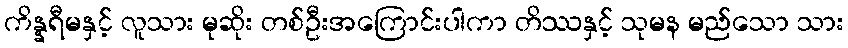
ကိန္နရီမနှင့် လူသား မုဆိုး တစ်ဦးအကြောင်းပါကာ တိဿနှင့် သုမန မည်သော သား